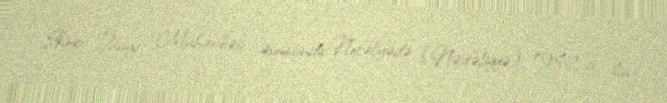
İkinci Dünya Müharibəsi əsnasında Nofəliyədə (Nəvfəliyyə) 1942-ci ilin